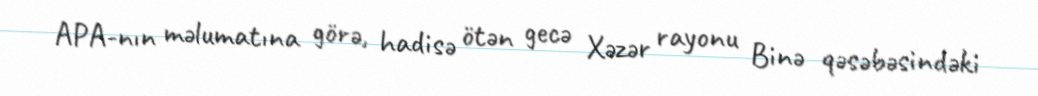
APA-nın məlumatına görə, hadisə ötən gecə Xəzər rayonu Binə qəsəbəsindəki